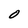
Character: 0